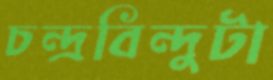
চন্দ্রবিন্দুটা